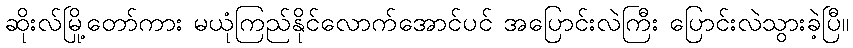
ဆိုးလ်မြို့တော်ကား မယုံကြည်နိုင်လောက်အောင်ပင် အပြောင်းလဲကြီး ပြောင်းလဲသွားခဲ့ပြီ။